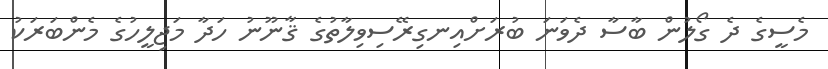
މެސީގެ ދެ ގޯލުން ބާސާ ދެވަނަ ބުރަށްއިނގިރޭސިވިލާތުގެ ޤާނޫނު ހަދާ މަޖިލީހުގެ މެންބަރަކު